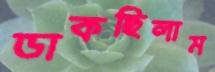
ডাকছিলাম